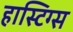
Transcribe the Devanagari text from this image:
हास्टिग्स